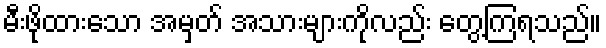
မီးဖိုထားသော အမှတ် အသားများကိုလည်း တွေ့ကြရသည်။